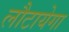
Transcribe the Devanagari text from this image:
लौटायेगा